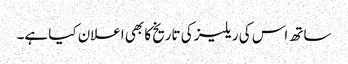
ساتھ اس کی ریلیز کی تاریخ کا بھی اعلان کیا ہے۔